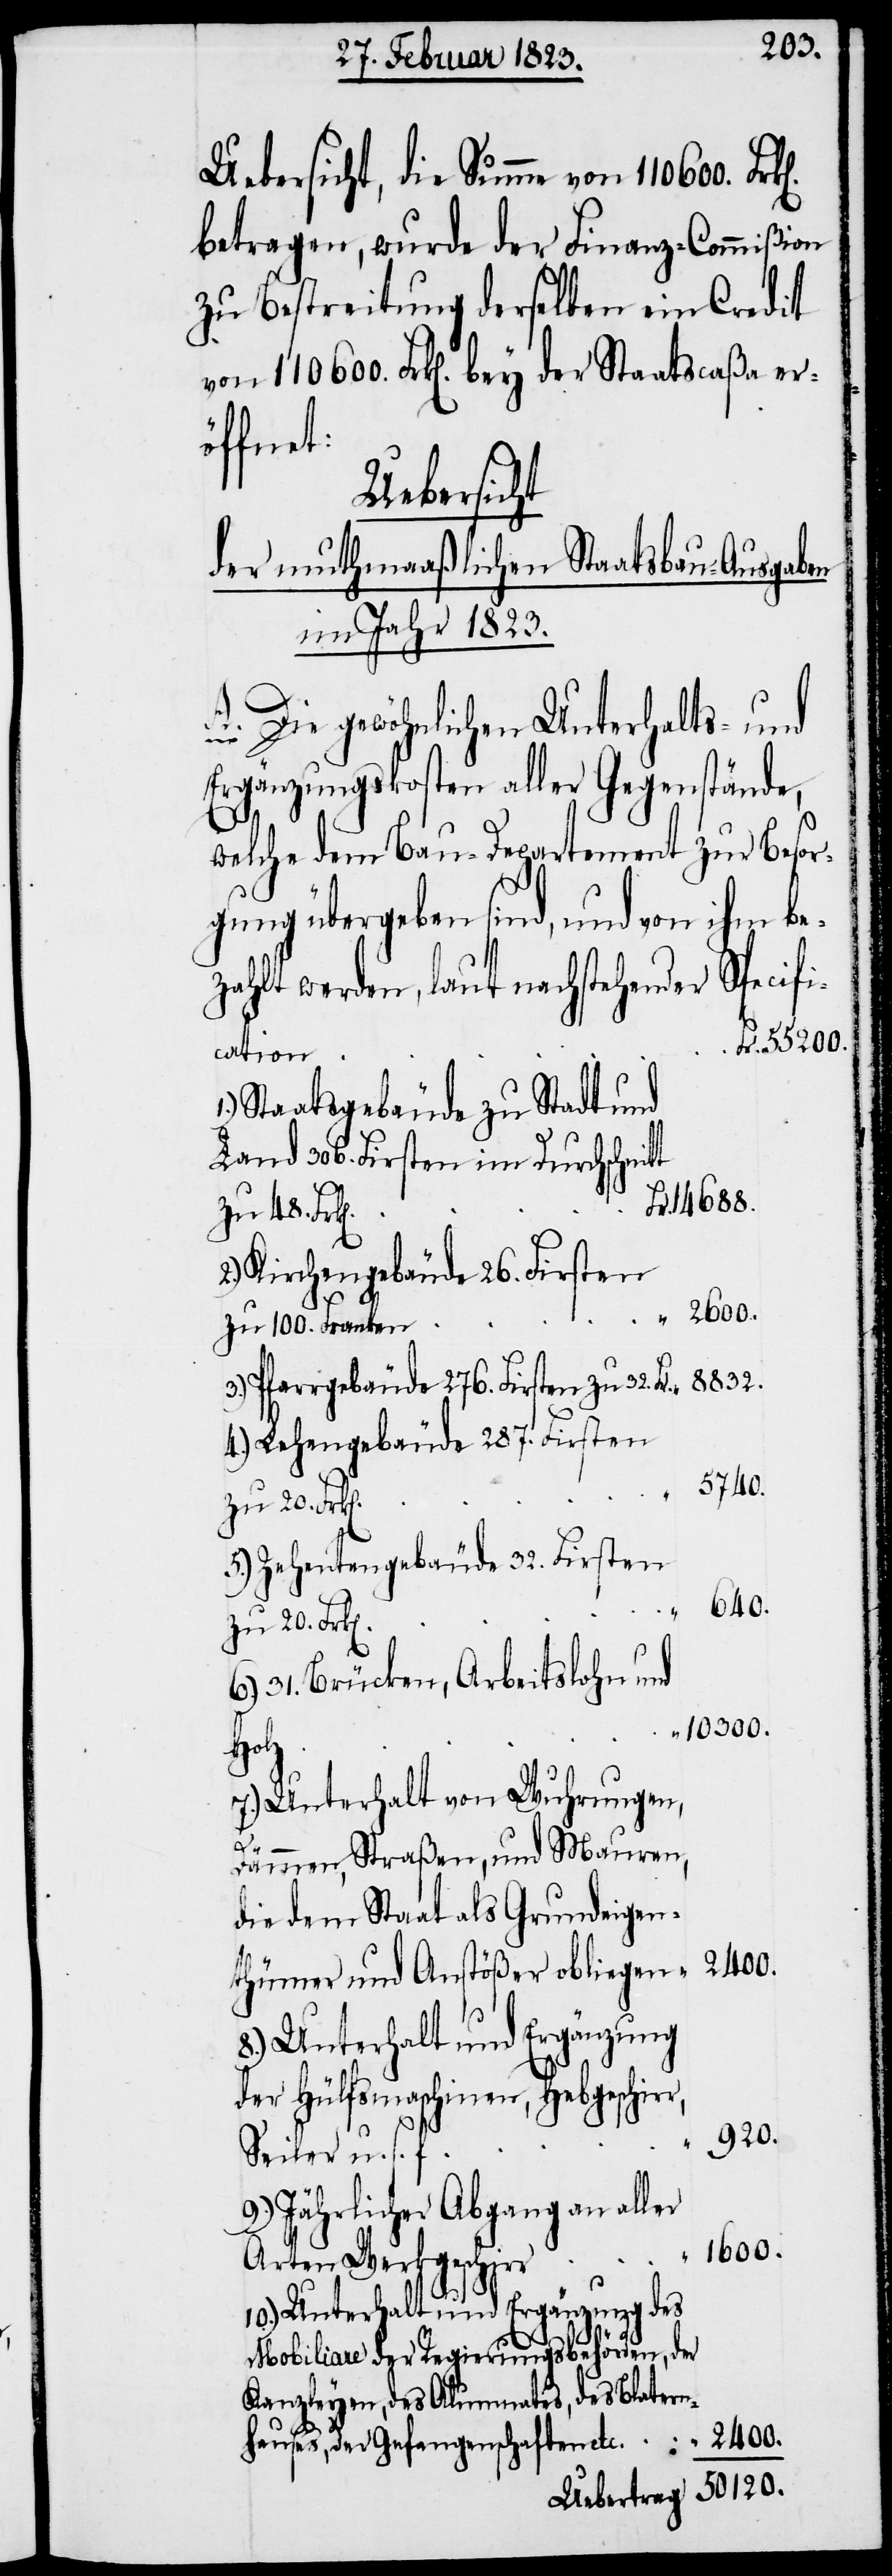
920.
Uebersicht, die Summe von 110600.
betragen, wurde der Finanz-Commißion
zu Bestreitung derselben ein Credit
öffnet:
Uebersicht
der muthmaaßlichen Staatsbau-Ausgaben
im Jahr 1823.
A. Die gewöhnlichen Unterhalts- und
Ergänzungskosten aller Gegenstände,
welche dem Bau-Departement zur Besor¬
gung übergeben sind, und von ihm be¬
zahlt werden, laut nachstehender Specifi¬
55200.
cation
Staatsgebäude zu Stadt und
Land 306. Firsten im Durchschnit¬
14688.
2.) Kirchengebäude 26. Firsten
zu 100. Franken
3.) Pfarrgebäude 276. Firsten zu 32.
4.) Lehengebäude 287. Firsten
5740.
5.) Zehentengebäude 32. Firsten
50120.
„
31. Brücken, Arbeitslohn und
10300.
Holz
7.) Unterhalt von Wuhrungen,
Fr.
Dämmen, Straßen, und Mauren,
die dem Staat als Grundeigen¬
2400.
thümer und Anstößer obliegen
8.) Unterhalt und Ergänzung
der Hülfsmaschinen, Hebgeschir¬
Seiler u. s.
9.) Jährlicher Abgang an aller
1600.
Arten Werkgeschirr
10.) Unterhalt und Ergänzung des
f.
Mobiliare der Regierungsbehörden, der
Kanzleyen, des Alumnates, des Blatern¬
hauses, der Gefangenschaften etc.